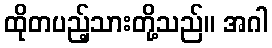
ထိုတပည့်သားတို့သည်။ အဂါ